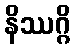
နိဿဂ္ဂိ